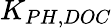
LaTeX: K_{PH,DOC}